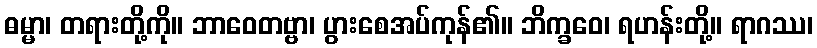
ဓမ္မာ၊ တရားတို့ကို။ ဘာဝေတဗ္ဗာ၊ ပွားစေအပ်ကုန်၏။ ဘိက္ခဝေ၊ ရဟန်းတို့။ ရာဂဿ၊